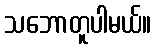
သဘောတူပါမယ်။